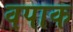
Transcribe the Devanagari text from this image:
वपाक